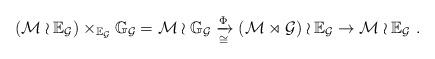
LaTeX: \begin{align*}(\mathcal M\wr\mathbb E_{\mathcal G})\times_{\mathbb E_{\mathcal G}}\mathbb G_{\mathcal G}= \mathcal M\wr\mathbb G_{\mathcal G}\xrightarrow[\cong]{\Phi} (\mathcal M\rtimes\mathcal G)\wr\mathbb E_{\mathcal G}\to \mathcal M\wr\mathbb E_{\mathcal G}\ .\end{align*}